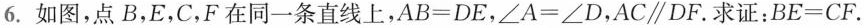
6.如图，点B，E，C，F在同一条直线上，$$A B = D E$$，$$∠ A = ∠ D$$，$$A C \parallel D F$$。求证：$$B E = C F$$.